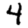
Digit: 4